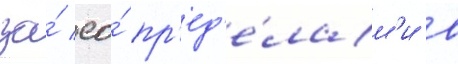
за́ ео́ пр'ед'е́лам'и в